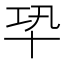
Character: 𠦘